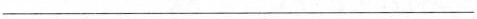
___